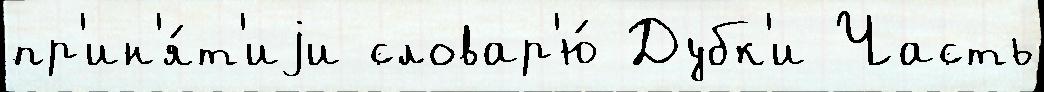
пр'ин'я́т'иjи словар'ю́ Дубк'и Часть